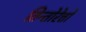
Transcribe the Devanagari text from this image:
तिन्तोरेत्तो